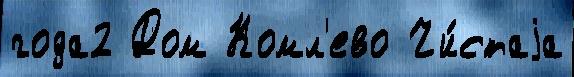
года2 Дом Комл'ево Чи́стаjа